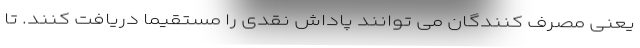
یعنی مصرف کنندگان می توانند پاداش نقدی را مستقیماً دریافت کنند. تا